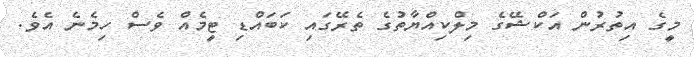
މީގެ އިތުރުން އަކްޝޭގެ މިލްކިއްޔާތުގެ ތެރޭގައި ކަބައްޑި ޓީމެއް ވެސް ހިމެނެ އެވެ.